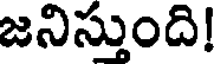
జనిస్తుంది!